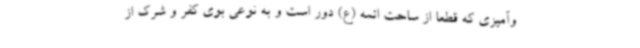
وآمیزی که قطعا از ساحت ائمه (ع) دور است و به نوعی بوی کفر و شرک از